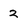
Character: 2